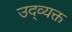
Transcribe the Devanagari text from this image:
उद्व्यक्त